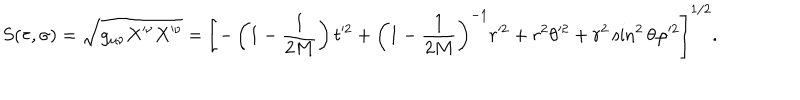
LaTeX: S ( \tau , \sigma ) = \sqrt { g _ { \mu \nu } X ^ { \prime \nu } X ^ { \prime \nu } } = \left[ - \left( 1 - \frac { 1 } { 2 M } \right) t ^ { \prime 2 } + \left( 1 - \frac { 1 } { 2 M } \right) ^ { - 1 } r ^ { \prime 2 } + r ^ { 2 } \theta ^ { \prime 2 } + r ^ { 2 } \sin ^ { 2 } { \theta } \varphi ^ { \prime 2 } \right] ^ { 1 / 2 } .